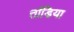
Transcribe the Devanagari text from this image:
तांडिया